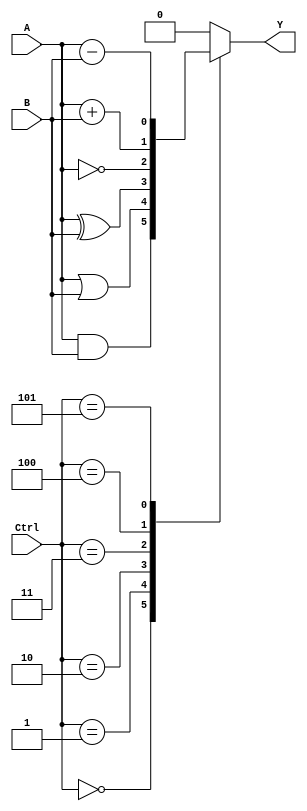
module alu(input wire A, input wire B, input wire [2:0] Ctrl, output reg Y);

    wire sum, diff, and_output, or_output, xor_output;

    assign sum = A + B;
    assign diff = A - B;
    assign and_output = A & B;
    assign or_output = A | B;
    assign xor_output = A ^ B;

    always @ (Ctrl)
    begin
        case(Ctrl)
            3'b000: Y <= and_output;    // AND operation
            3'b001: Y <= or_output;     // OR operation
            3'b010: Y <= xor_output;    // XOR operation
            3'b011: Y <= ~A;            // NOT operation
            3'b100: Y <= sum;           // Addition operation
            3'b101: Y <= diff;          // Subtraction operation
            default: Y <= 1'b0;         // Default output
        endcase
    end

endmodule